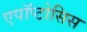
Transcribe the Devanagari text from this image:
एपॉप्टोसिस